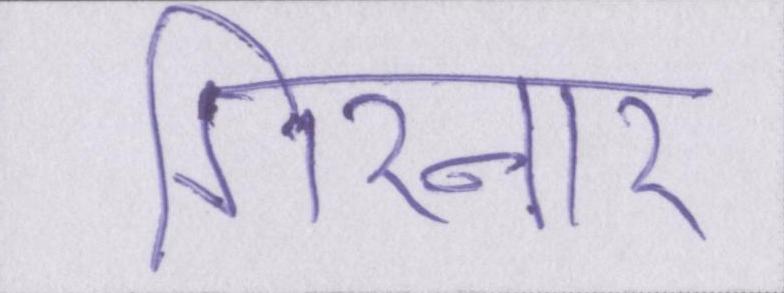
गिरनार